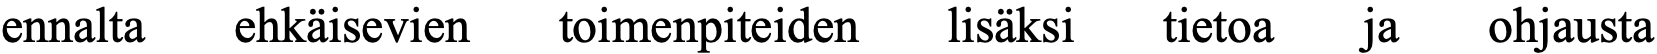
ennalta ehkäisevien toimenpiteiden lisäksi tietoa ja ohjausta